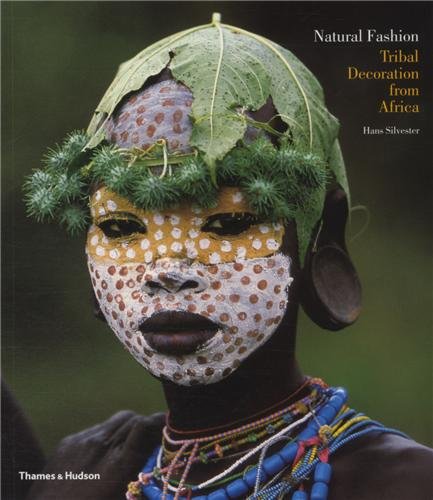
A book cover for Natural Fashion: Tribal Decoration from Africa; Hans Silvester; Humor & Entertainment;